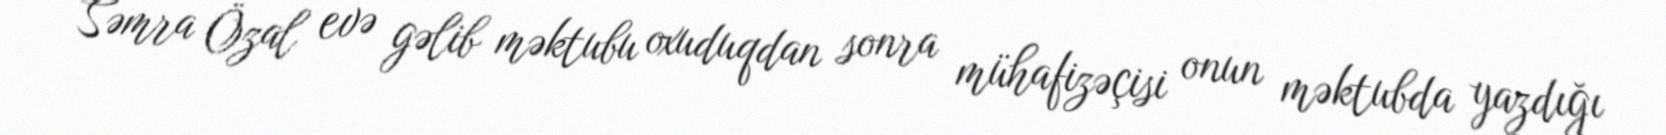
Səmra Özal evə gəlib məktubu oxuduqdan sonra mühafizəçisi onun məktubda yazdığı